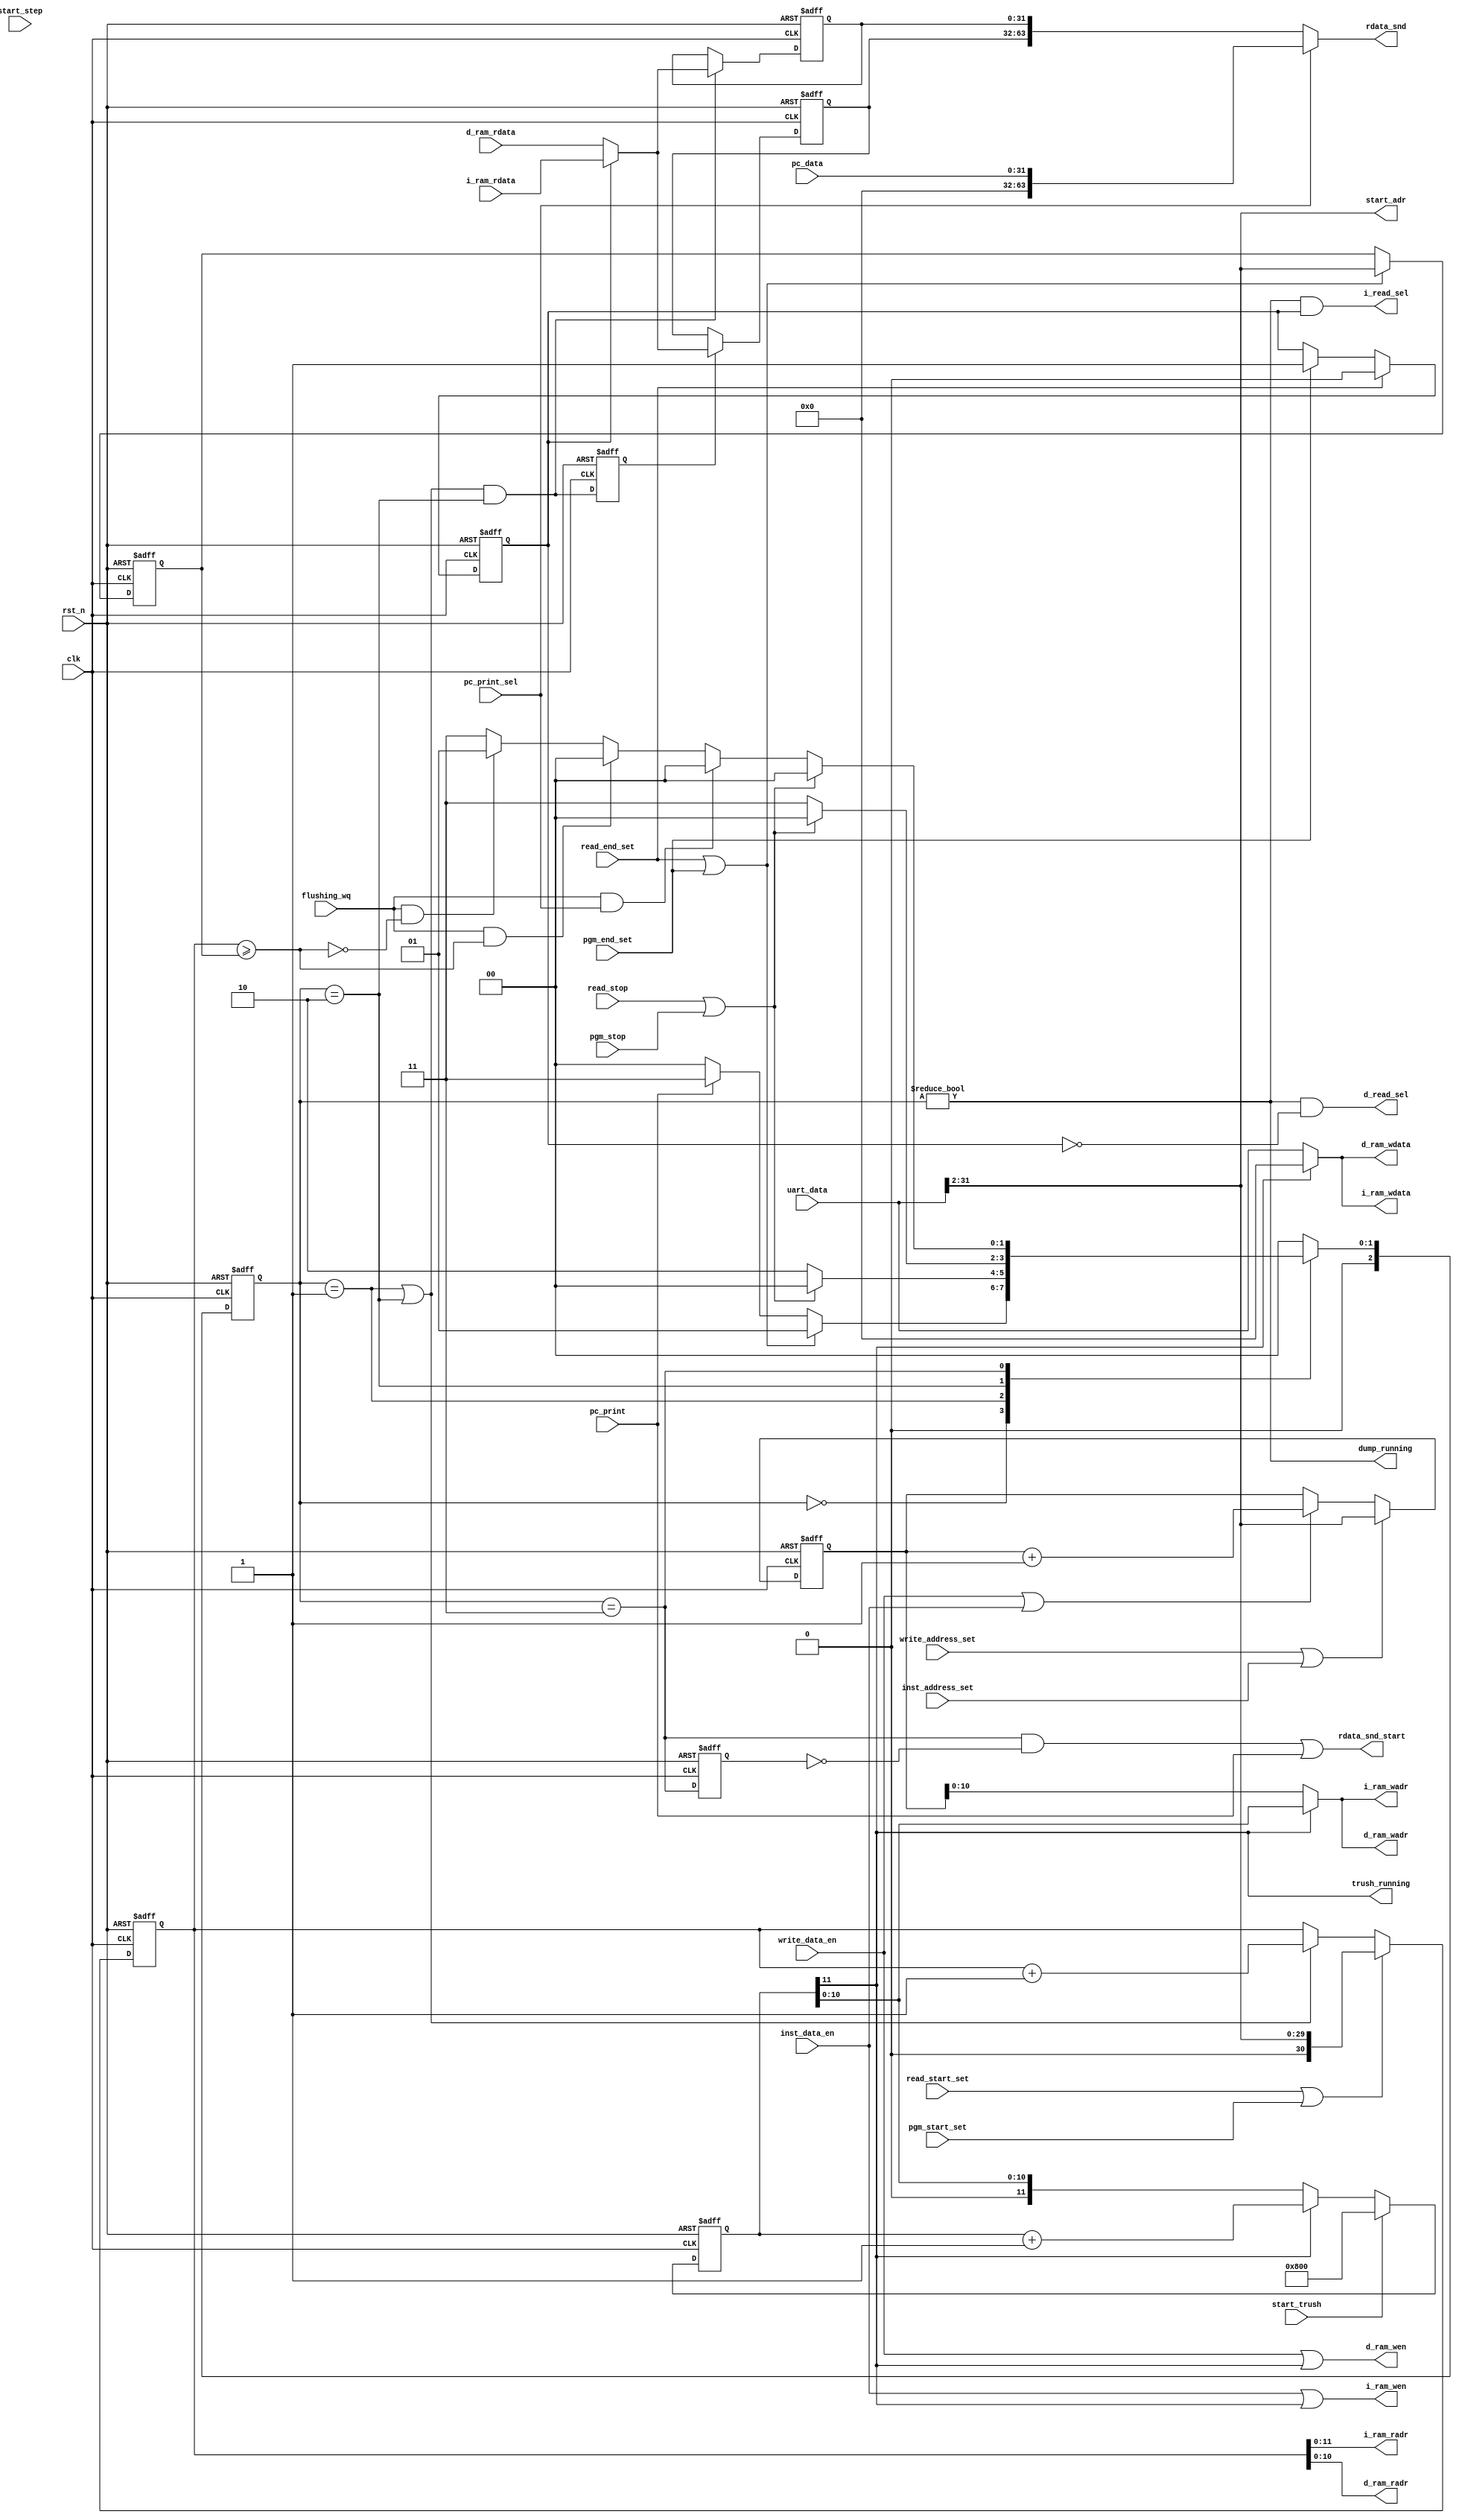
/*
 * My RISC-V RV32I CPU
 *   UART Monitor Logic Module
 *    Verilog code
 * @auther		Yoshiki Kurokawa <yoshiki.k963@gmail.com>
 * @copylight	2021 Yoshiki Kurokawa
 * @license		https://opensource.org/licenses/MIT     MIT license
 * @version		0.1
 */

module uart_logics
	#(parameter DWIDTH = 11)
	(
	input clk,
	input rst_n,
	output [13:2] i_ram_radr,
	input [31:0] i_ram_rdata,
	output [DWIDTH+1:2] i_ram_wadr,
	output [31:0] i_ram_wdata,
	output i_ram_wen,
	output i_read_sel,
	output [DWIDTH+1:2] d_ram_radr,
	input [31:0] d_ram_rdata,
	output [DWIDTH+1:2] d_ram_wadr,
	output [31:0] d_ram_wdata,
	output d_ram_wen,
	output d_read_sel,
	// from controller
	input [31:0] uart_data,
	//input cpu_start,
	output [31:2] start_adr,
	//input quit_cmd,
	input write_address_set,
	input write_data_en,
	input read_start_set,
	input read_end_set,
	input read_stop,
	output rdata_snd_start,
	output [63:0] rdata_snd,
	input flushing_wq,
	output dump_running,
	input start_trush,
	output trush_running,
	input start_step,
	input pgm_start_set,
	input pgm_end_set,
	input pgm_stop,
	input inst_address_set,
	input pc_print,
	input pc_print_sel,
	input [31:0] pc_data,
	input inst_data_en

	);


// CPU running state
assign start_adr = uart_data[31:2];

/*
reg cpu_run_state;
reg step_reserve;
reg cupst_snd_wait;

always @ (posedge clk or negedge rst_n) begin
	if (~rst_n)
		cpu_run_state <= 1'b0;
	else if (quit_cmd)
		cpu_run_state <= 1'b0;	
	else if (cpu_start)
		cpu_run_state <= 1'b1;
end

assign cpu_running = cpu_run_state; //& ~(rdata_snd_wait | cupst_snd_wait);

wire step_idle_nodump = s00_idle & ~dump_cpu;
wire step_start_cond = step_idle_nodump & ~(rdata_snd_wait | cupst_snd_wait);

always @ (posedge clk or negedge rst_n) begin
	if (~rst_n)
		step_reserve <= 1'b0;
	else if (step_start_cond)
		step_reserve <= 1'b0;	
	else if (~step_idle_nodump & start_step)
		step_reserve <= 1'b1;
end

wire step_run = step_start_cond & (step_reserve | start_step);
// sequencer start signal
assign run = cpu_running | step_run;
*/

// iram write address 
reg [31:2] cmd_wadr_cntr;
wire [DWIDTH+1:2] trush_adr;

always @ (posedge clk or negedge rst_n) begin
	if (~rst_n)
		cmd_wadr_cntr <= 30'd0;
	else if (write_address_set | inst_address_set)
		cmd_wadr_cntr <= uart_data[31:2];
	else if (write_data_en | inst_data_en)
		cmd_wadr_cntr <= cmd_wadr_cntr + 30'd1;
end

assign i_ram_wadr = trush_running ? trush_adr[DWIDTH+1:2] : cmd_wadr_cntr[DWIDTH+1:2];
assign i_ram_wdata = trush_running ? 32'd0 : uart_data;
assign i_ram_wen = inst_data_en | trush_running;
assign d_ram_wadr =  trush_running ? trush_adr : cmd_wadr_cntr[DWIDTH+1:2];
assign d_ram_wdata = i_ram_wdata;
assign d_ram_wen = write_data_en | trush_running;

// i/d ram read address
reg [31:2] cmd_read_end;
reg [32:2] cmd_read_adr;

wire dump_end;
wire radr_cntup;

always @ (posedge clk or negedge rst_n) begin
	if (~rst_n)
		cmd_read_adr <= 31'd0;
	else if (read_start_set | pgm_start_set)
		cmd_read_adr <= { 1'b0, uart_data[31:2] };
	else if (radr_cntup)
		cmd_read_adr <= cmd_read_adr + 31'd1;
end

always @ (posedge clk or negedge rst_n) begin
	if (~rst_n)
		cmd_read_end <= 30'd0;
	else if (read_end_set | pgm_end_set)
		cmd_read_end <= uart_data[31:2];
end

assign dump_end =(cmd_read_adr >= {1'b0, cmd_read_end});

assign i_ram_radr = cmd_read_adr[13:2];
assign d_ram_radr = cmd_read_adr[DWIDTH+1:2];


`define D_IDLE 2'd0
`define D_RED1 2'd1
`define D_RED2 2'd2
`define D_WAIT 2'd3
reg [2:0] status_dump;
wire [2:0] next_status_dump;

/*
reg i_ram_ofs;

always @ (posedge clk or negedge rst_n) begin
	if (~rst_n)
		i_ram_ofs <= 1'b0;
	else if (status_dump == `D_RED2)
		i_ram_ofs <= ~i_ram_ofs;
end

wire i_ram_ofs_end = (i_ram_ofs == 1'b1);
*/

function [2:0] dump_status;
input [2:0] status_dump;
input read_end_set;
input pgm_end_set;
input read_stop;
input pgm_stop;
input flushing_wq;
input dump_end;
input pc_print;
input pc_print_sel;
begin
	case(status_dump)
		`D_IDLE :
			if (read_end_set | pgm_end_set)
				dump_status = `D_RED1;
			else if (pc_print)
				dump_status = `D_WAIT;
			else
				dump_status = `D_IDLE;
		`D_RED1 :
			if (read_stop | pgm_stop)
				dump_status = `D_IDLE;
			else
				dump_status = `D_RED2;
		`D_RED2 :
			if (read_stop | pgm_stop)
				dump_status = `D_IDLE;
			else
				dump_status = `D_WAIT;
		`D_WAIT :
			if (read_stop | pgm_stop)
				dump_status = `D_IDLE;
			else if (flushing_wq & pc_print_sel)
				dump_status = `D_IDLE;
			else if (flushing_wq & dump_end)
				dump_status = `D_IDLE;
			else if (flushing_wq & ~dump_end)
				dump_status = `D_RED1;
			else
				dump_status = `D_WAIT;
		default : dump_status = `D_IDLE;
	endcase
end
endfunction

assign next_status_dump = dump_status(
							status_dump,
							read_end_set,
							pgm_end_set,
							read_stop,
							pgm_stop,
							flushing_wq,
							dump_end,
							pc_print,
							pc_print_sel
							);

always @ (posedge clk or negedge rst_n) begin
	if (~rst_n)
		status_dump <= 3'd0;
	else
		status_dump <= next_status_dump;
end

assign radr_cntup = (status_dump == `D_RED1)|(status_dump == `D_RED2);
assign dump_running = (status_dump != `D_IDLE);
wire rdata_snd_wait = (status_dump == `D_WAIT);

reg i_ram_sel;

always @ (posedge clk or negedge rst_n) begin
	if (~rst_n)
		i_ram_sel <= 1'b0;
	else if ( read_end_set )
		i_ram_sel <= 1'b0;
	else if ( pgm_end_set )
		i_ram_sel <= 1'b1;
end

wire en0_data = radr_cntup & (status_dump == `D_RED2);
//wire en1_data = radr_cntup & (i_ram_ofs == 3'd2);
//wire en2_data = radr_cntup & (i_ram_ofs == 3'd3);

assign i_read_sel = dump_running &  i_ram_sel;
assign d_read_sel = dump_running & ~i_ram_sel;

reg en1_data;

always @ (posedge clk or negedge rst_n) begin
	if (~rst_n)
		en1_data <= 1'b0;
	else
		en1_data <= en0_data;
end

reg [31:0] data_0;
reg [31:0] data_1;
//reg [7:0] data_2;
//reg [7:0] data_3;

always @ (posedge clk or negedge rst_n) begin
	if (~rst_n)
		data_0 <= 32'd0;
	else if (en0_data)
		data_0 <= i_ram_sel ? i_ram_rdata : d_ram_rdata;
end

always @ (posedge clk or negedge rst_n) begin
	if (~rst_n)
		data_1 <= 32'd0;
	else if (en1_data)
		data_1 <= i_ram_sel ? i_ram_rdata : d_ram_rdata;
end

/*
always @ (posedge clk or negedge rst_n) begin
	if (~rst_n)
		data_2 <= 8'd0;
	else if (en2_data)
		data_2 <= i_ram_sel ? i_ram_rdata : d_ram_rdata;
end

always @ (posedge clk or negedge rst_n) begin
	if (~rst_n)
		data_3 <= 8'd0;
	else if (en3_data)
		data_3 <= i_ram_sel ? i_ram_rdata : d_ram_rdata;
end
*/

assign rdata_snd = pc_print_sel ? { 32'd0, pc_data} : { data_1, data_0 };

// trashing memory data
reg [DWIDTH+2:2] trash_cntr;

always @ (posedge clk or negedge rst_n) begin
	if (~rst_n)
		trash_cntr <= { DWIDTH+1{ 1'b0 }};
	else if (start_trush)
		trash_cntr <= { 1'b1, { DWIDTH{ 1'b0 }}};
	else if (trash_cntr[DWIDTH+2])
		trash_cntr <= trash_cntr + 1;
end

assign trush_adr = trash_cntr[DWIDTH+1:2];
assign trush_running = trash_cntr[DWIDTH+2];


// send CPU status to UART i/f
/*
always @ (posedge clk or negedge rst_n) begin
	if (~rst_n)
		cupst_snd_wait <= 1'b0;
	else if (flushing_wq)
		cupst_snd_wait <= 1'b0;
	else if (s04_wtbk)
		cupst_snd_wait <= 1'b1;
end

reg cpust_snd_wait_dly;

always @ (posedge clk or negedge rst_n) begin
	if (~rst_n)
		cpust_snd_wait_dly <= 1'b0;
	else
		cpust_snd_wait_dly <= cupst_snd_wait;
end

assign cpust_start = cupst_snd_wait & ~cpust_snd_wait_dly;
*/

reg rdata_snd_wait_dly;

always @ (posedge clk or negedge rst_n) begin
	if (~rst_n)
		rdata_snd_wait_dly <= 1'b0;
	else
		rdata_snd_wait_dly <= rdata_snd_wait;
end

assign rdata_snd_start = (rdata_snd_wait & ~rdata_snd_wait_dly) | pc_print;


endmodule